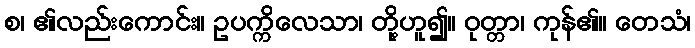
စ၊ ၏လည်းကောင်း။ ဥပက္ကိလေသာ၊ တို့ဟူ၍။ ဝုတ္တာ၊ ကုန်၏။ တေသံ၊